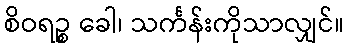
စိဝရဉ္စ ခေါ၊ သင်္ကန်းကိုသာလျှင်။